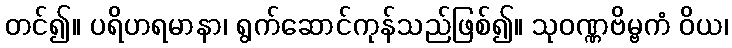
တင်၍။ ပရိဟရမာနာ၊ ရွက်ဆောင်ကုန်သည်ဖြစ်၍။ သုဝဏ္ဏဗိမ္ဗကံ ဝိယ၊